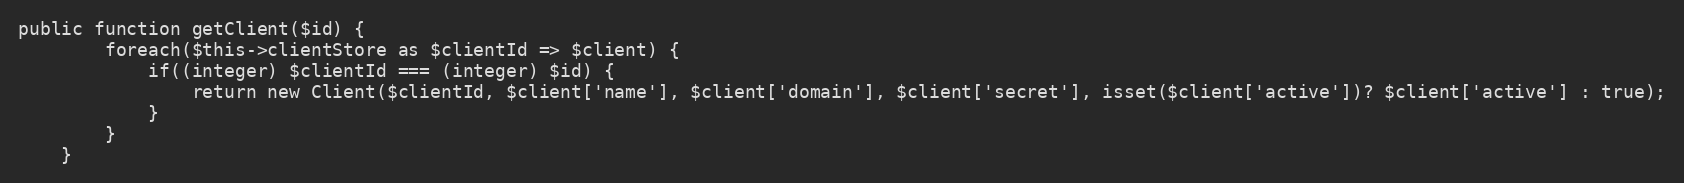
Language: PHP
public function getClient($id) {
        foreach($this->clientStore as $clientId => $client) {
            if((integer) $clientId === (integer) $id) {
                return new Client($clientId, $client['name'], $client['domain'], $client['secret'], isset($client['active'])? $client['active'] : true);
            }
        }
    }